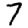
Digit: 7